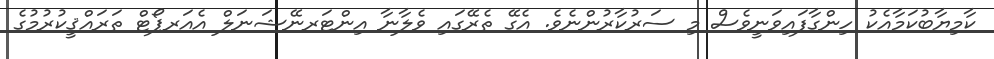
ކާމިޔާބުކަމާއެކު ހިންގާފައިވަނީވެސް މި ސަރުކާރުންނެވެ. އެގޭ ތެރޭގައި ވެލާނާ އިންޓަރނޭޝަނަލް އެއަރޕޯޓް ތަރައްޤީކުރުމުގެ